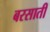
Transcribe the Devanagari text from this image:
बरसातीं